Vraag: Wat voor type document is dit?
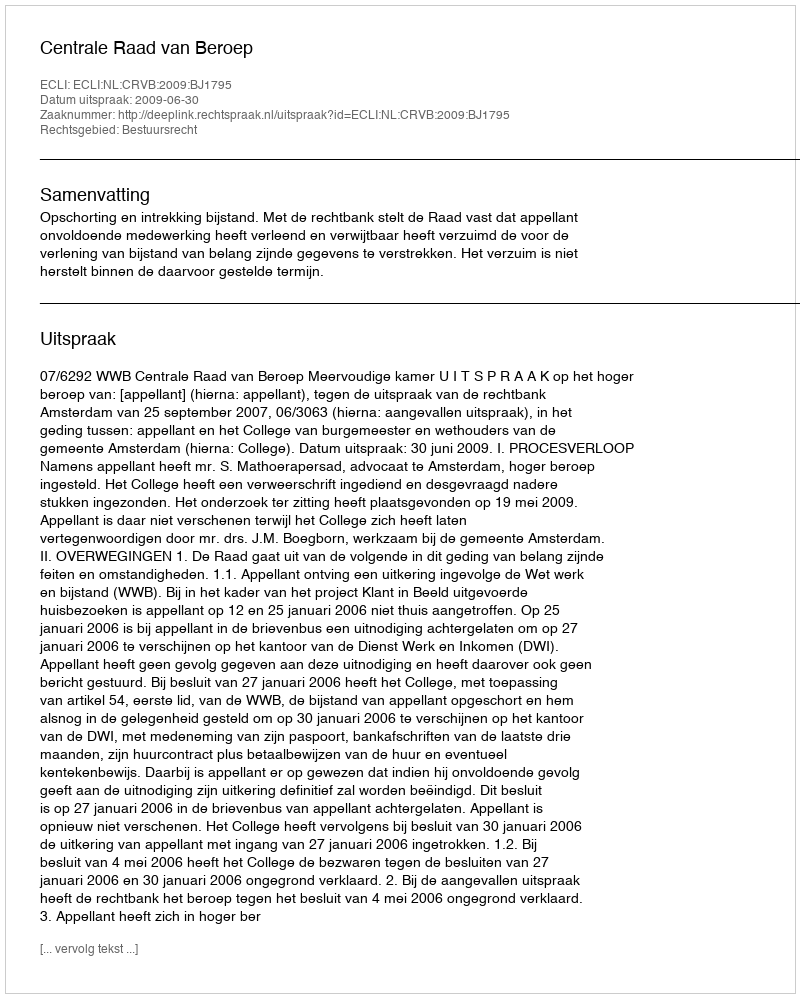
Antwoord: Uitspraak